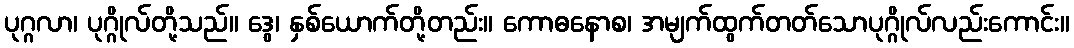
ပုဂ္ဂလာ၊ ပုဂ္ဂိုလ်တို့သည်။ ဒွေ၊ နှစ်ယောက်တို့တည်း။ ကောဓနောစ၊ အမျက်ထွက်တတ်သောပုဂ္ဂိုလ်လည်းကောင်း။